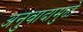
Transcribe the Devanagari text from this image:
अनुवादामुळे